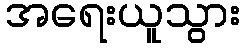
အရေးယူသွား